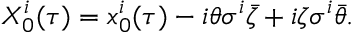
X _ { 0 } ^ { i } ( \tau ) = x _ { 0 } ^ { i } ( \tau ) - i \theta \sigma ^ { i } \bar { \zeta } + i \zeta \sigma ^ { i } \bar { \theta } .